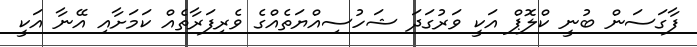
ފާގަސަން ބުނީ ކްލޮޕް އަކީ ވަރުގަދަ ޝަހުސިއްޔަތެއްގެ ވެރިފަރާތެއް ކަމަށާއި އޭނާ އަކީ